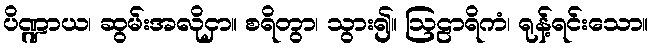
ပိဏ္ဍာယ၊ ဆွမ်းအလိုငှာ။ စရိတွာ၊ သွား၍။ ဩဠာရိကံ၊ ရုန့်ရင်းသော။